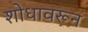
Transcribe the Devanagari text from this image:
शोधावरून